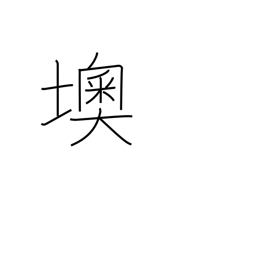
Meaning: Austria